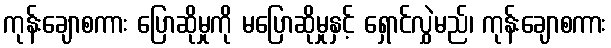
ကုန်းချောစကား ပြောဆိုမှုကို မပြောဆိုမှုနှင့် ရှောင်လွှဲမည်၊ ကုန်းချောစကား